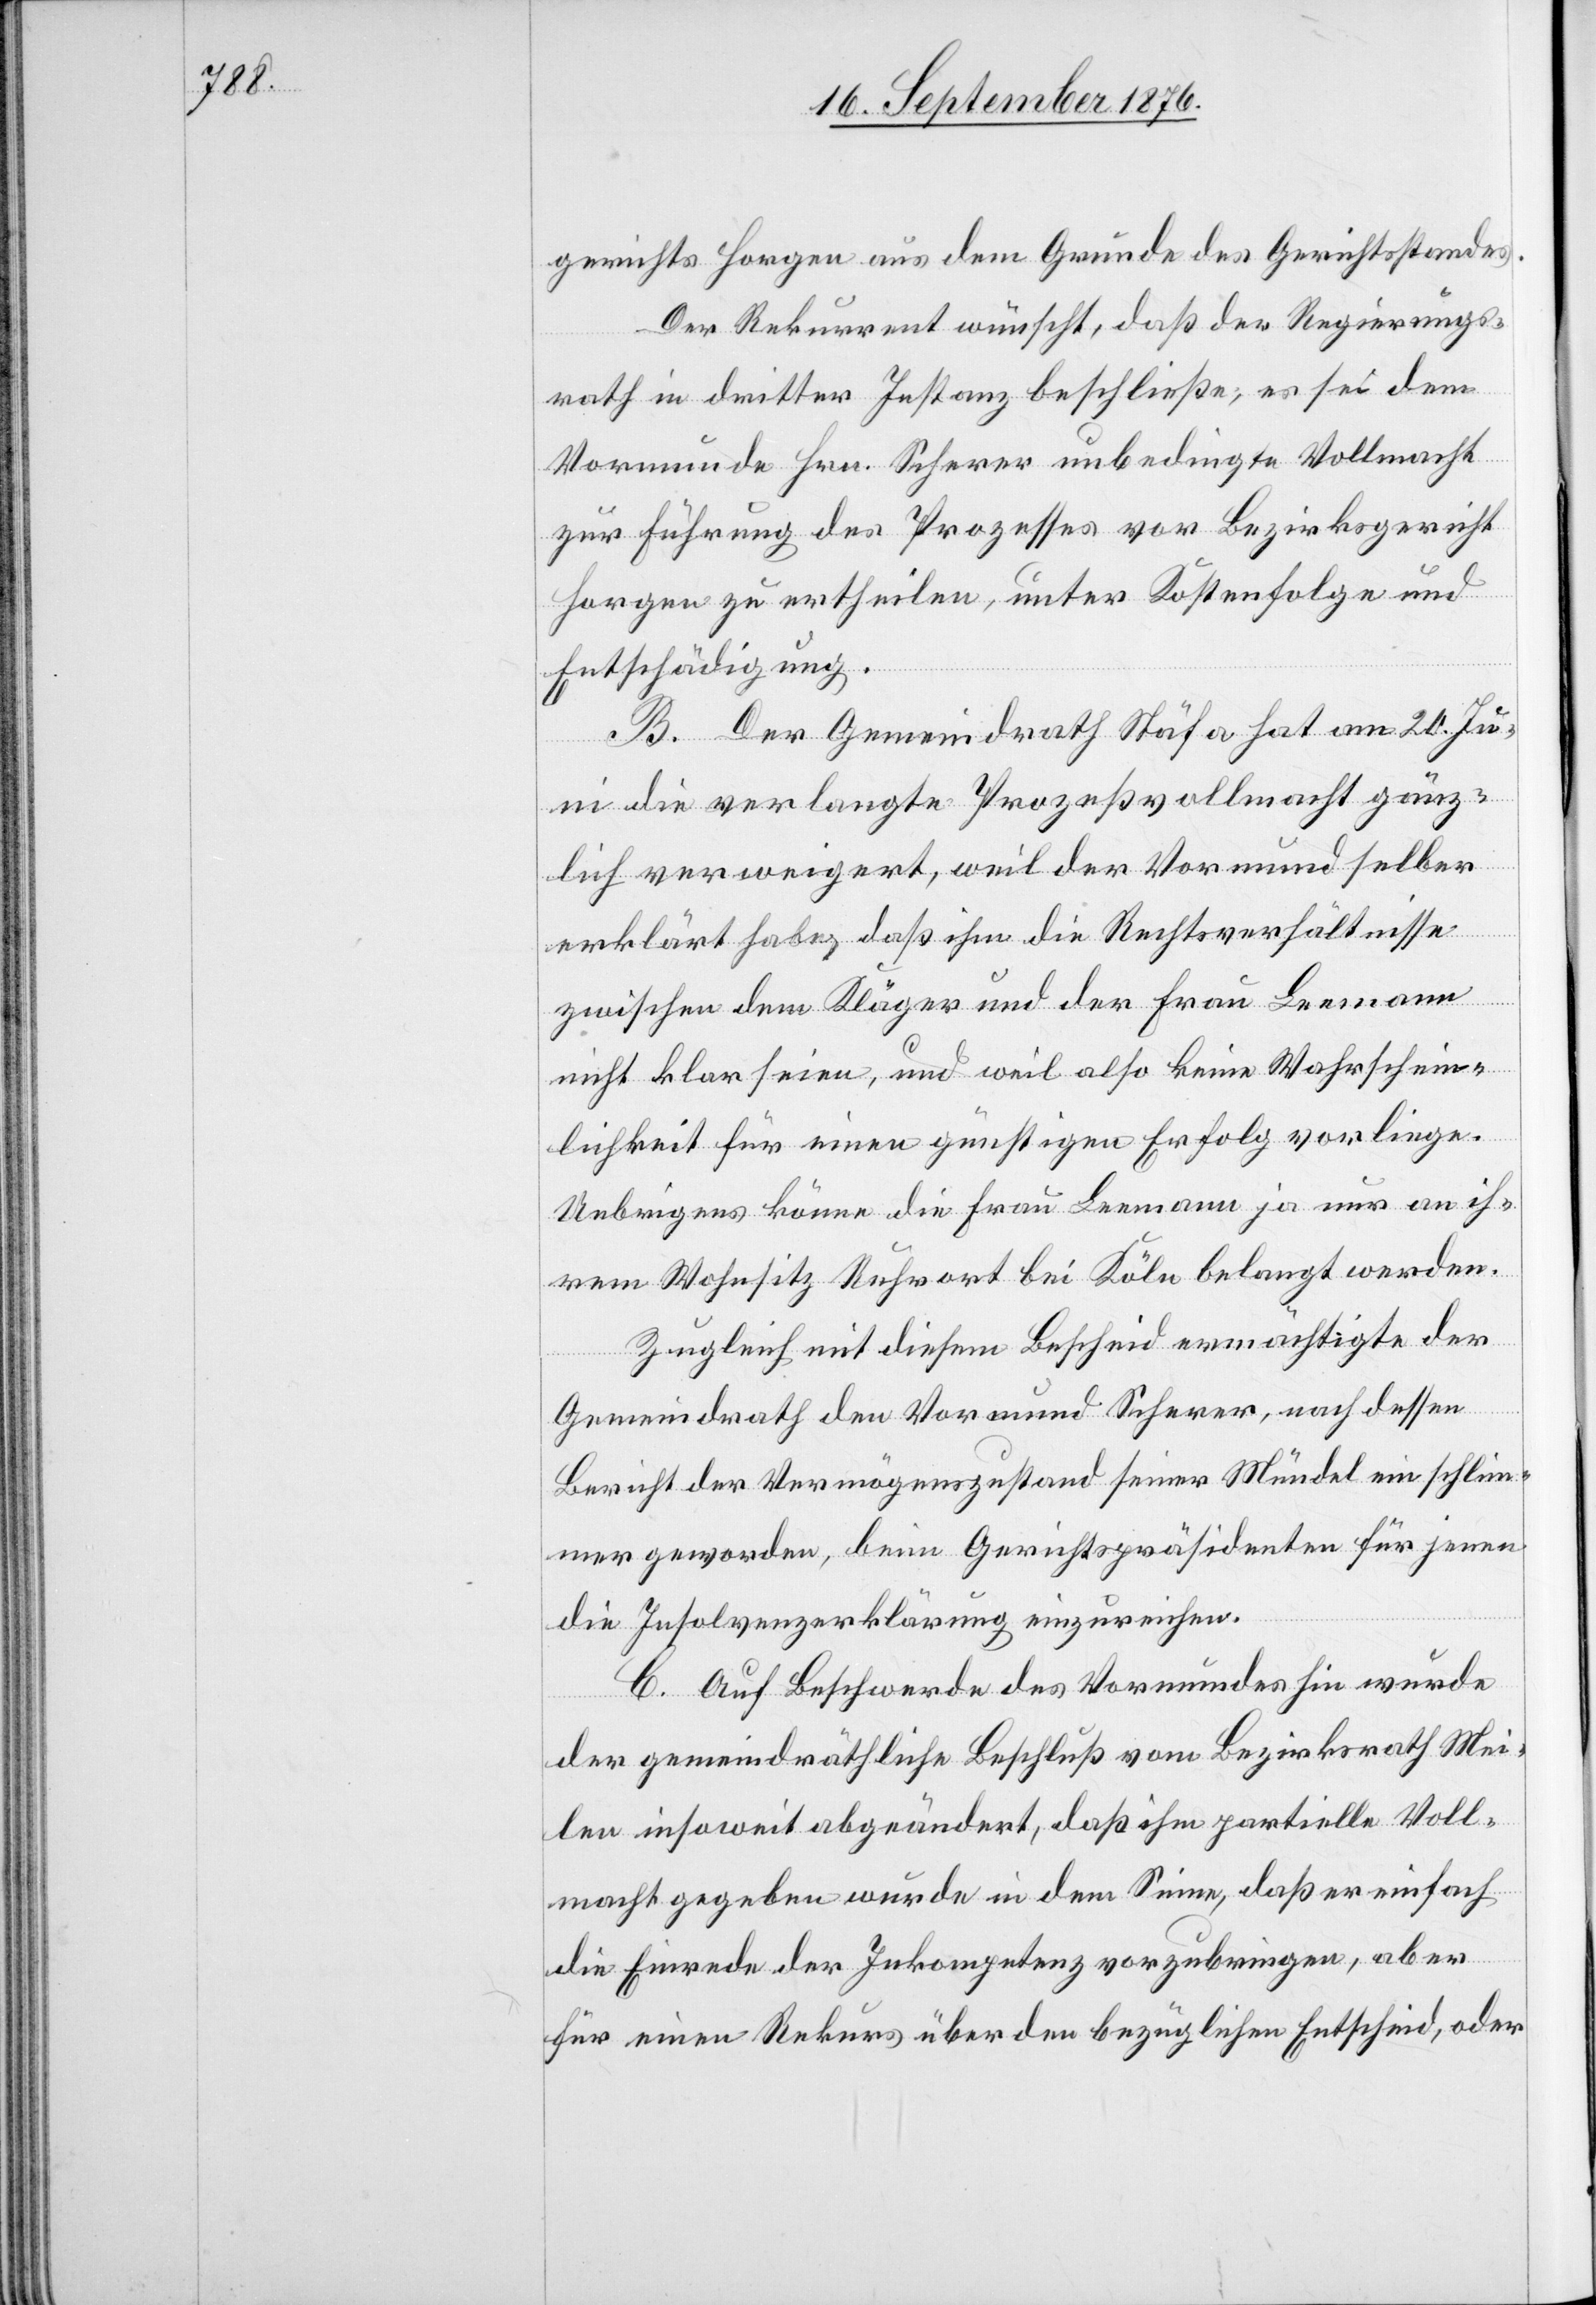
gerichts Horgen aus dem Grunde des Gerichtsstandes.
Der Rekurrent wünscht, daß der Regierungs¬
rath in dritter Instanz beschließe, es sei dem
Vormunde Hrn. Scherer unbedingte Vollmacht
zur Führung des Prozesses vor Bezirksgericht
Horgen zu ertheilen, unter Kostenfolge und
Entschädigung.
B. Der Gemeindrath Stäfa hat am 20. Ju¬
ni die verlangte Prozeßvollmacht gänz¬
lich verweigert, weil der Vormund selber
erklärt habe, daß ihn die Rechtsverhältnisse
zwischen dem Kläger und der Frau Leemann
nicht klar seien, und weil also keine Wahrschein¬
lichkeit für einen günstigen Erfolg vorliege.
Uebrigens könne die Frau Leemann ja nur an ih¬
rem Wohnsitz Ruhrort bei Köln belangt werden.
Zugleich mit diesem Bescheid ermächtigte der
Gemeindrath den Vormund Scherer, nach dessen
Bericht der Vermögenszustand seiner Mündel ein schlim¬
mer geworden, beim Gerichtspräsidenten für jene
die Insolvenzerklärung einzureichen.
C. Auf Beschwerde des Vormundes hin wurde
der gemeindräthliche Beschluß vom Bezirksrath Mei¬
len insoweit abgeändert, daß ihm partielle Voll¬
macht gegeben wurde in dem Sinne, daß er einfach
die Einrede der Inkompetenz vorzubringen, aber
für einen Rekurs über den bezüglichen Entscheid, oder